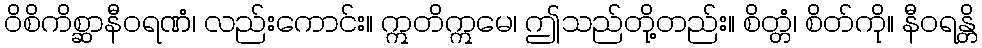
ဝိစိကိစ္ဆာနီဝရဏံ၊ လည်းကောင်း။ ဣတိဣမေ၊ ဤသည်တို့တည်း။ စိတ္တံ၊ စိတ်ကို။ နီဝရန္တိ